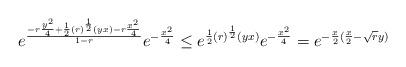
LaTeX: \begin{align*} e^{\frac{-r\frac{y^2}{4}+ \frac{1}{2}(r)^{\frac{1}{2}}(yx)-r\frac{x^2}{4}}{1-r}}e^{-\frac{x^2}{4}} \leq e^{\frac{1}{2}(r)^{\frac{1}{2}}(yx)}e^{-\frac{x^2}{4}}=e^{-\frac{x}{2}(\frac{x}{2}-\sqrt{r}y)} \end{align*}